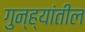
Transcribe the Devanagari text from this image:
गुन्ह्यांतील